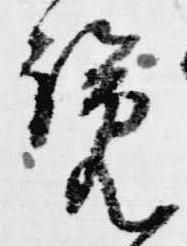
覧